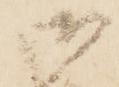
御